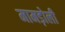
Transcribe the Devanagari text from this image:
मामड़ोली